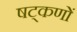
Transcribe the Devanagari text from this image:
षट्‌कणों